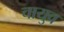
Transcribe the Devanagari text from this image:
चायुव